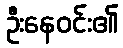
ဦးနေဝင်း၏